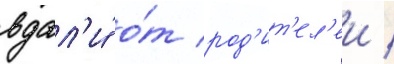
вдал'и́ о́т род'ит'ел'еи /